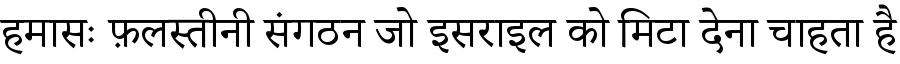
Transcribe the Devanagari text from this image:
हमासः फ़लस्तीनी संगठन जो इसराइल को मिटा देना चाहता है